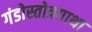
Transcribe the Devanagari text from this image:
गंडोस्तोत्रगाथा